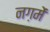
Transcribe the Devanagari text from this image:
नग़में